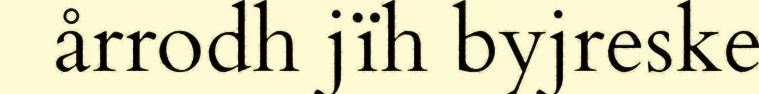
årrodh jïh byjreske